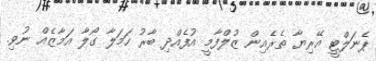
ޕެނަލްޓީ އޭރިޔާ ތެރެއިން ޒުލްފާމީ އުފެއްދި ބާރު ހަމަލާ ގޯލާ އަމާޒެއް ނުވި.